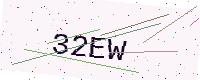
Text: 32EW